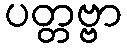
ပတ္တဗ္ဗာ